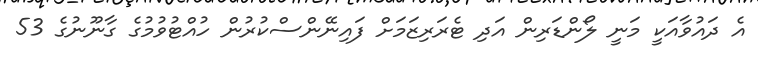
އެ ދައުވާއަކީ މަނީ ލޯންޑަރިން އަދި ޓެރަރިޒަމަށް ފައިނޭންސްކުރުން ހުއްޓުވުމުގެ ގާނޫނުގެ 53